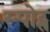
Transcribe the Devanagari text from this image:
स्‍पोट्स